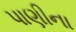
પાણીના